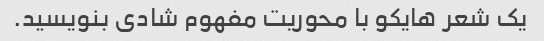
یک شعر هایکو با محوریت مفهوم شادی بنویسید.